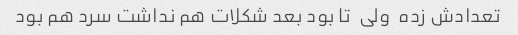
تعدادش زده  ولی  تا بود بعد شکلات هم نداشت سرد هم بود